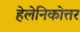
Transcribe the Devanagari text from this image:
हेलेनिकोत्तर